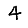
Digit: 4